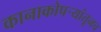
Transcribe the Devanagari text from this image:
कानाकोपऱ्यांतूनच